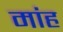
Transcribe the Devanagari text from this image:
मांह